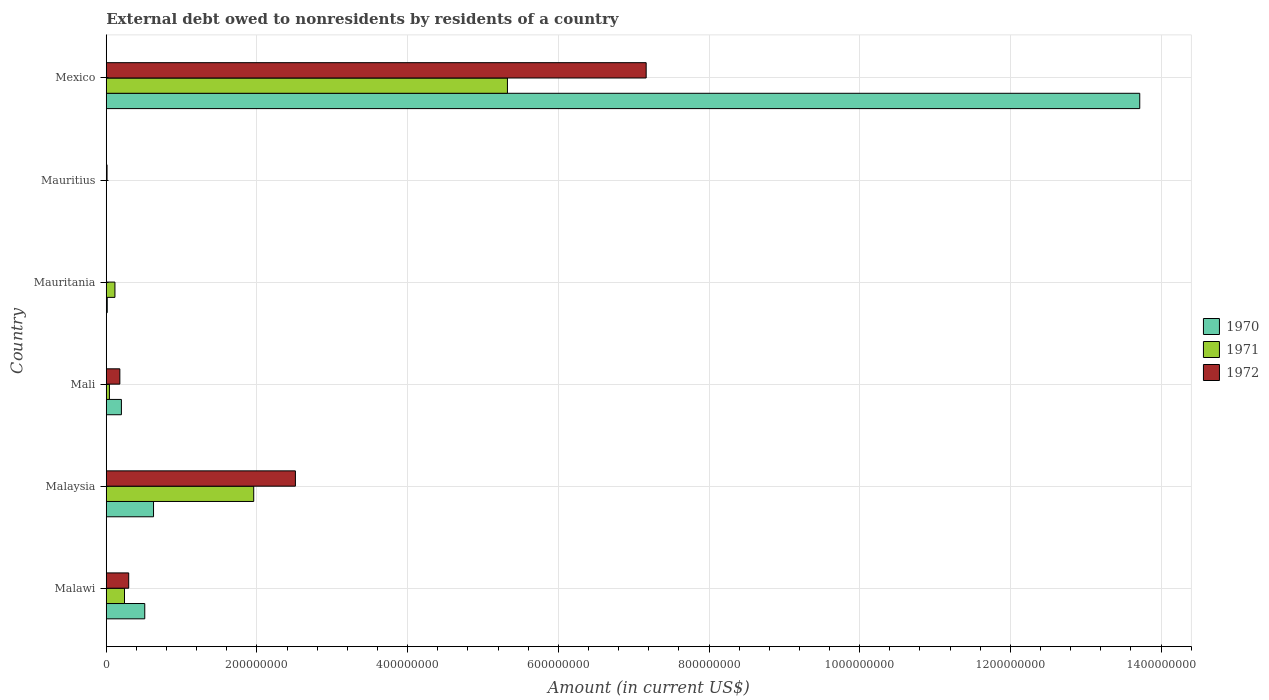
| Country | 1970 | 1971 | 1972 |
 | --- | --- | --- | --- |
 | Malawi | 5.11e+07 | 2.42e+07 | 2.98e+07 |
 | Malaysia | 6.28e+07 | 1.96e+08 | 2.51e+08 |
 | Mali | 2.01e+07 | 4.24e+06 | 1.81e+07 |
 | Mauritania | 1.34e+06 | 1.15e+07 | -3.57e+06 |
 | Mauritius | -3.24e+06 | -5.45e+05 | 1.06e+06 |
 | Mexico | 1.37e+09 | 5.32e+08 | 7.17e+08 |